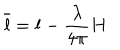
\overline { { { l } } } = l - { \frac { \lambda } { 4 \pi } } H